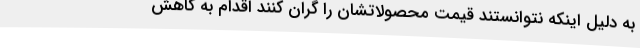
به دلیل اینکه نتوانستند قیمت محصولاتشان را گران کنند اقدام به کاهش